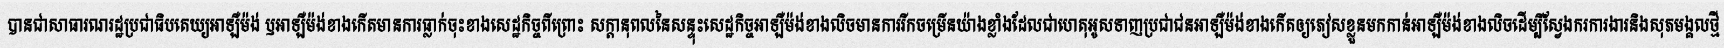
បានជាសាធារណរដ្ឋប្រជាធិបតេយ្យអាឡឺម៉ង់ ឫអាឡឺម៉ង់ខាងកើតមានការធ្លាក់ចុះខាងសេដ្ឋកិច្ចពីព្រោះ សក្តានុពលនៃសន្ទុះសេដ្ឋកិច្ចអាឡឺម៉ង់ខាងលិចមានការរីកចម្រើនយ៉ាងខ្លាំងដែលជាហេតុអូសទាញប្រជាជនអាឡឺម៉ង់ខាងកើតឲ្យភៀសខ្លួនមកកាន់អាឡឺម៉ង់ខាងលិចដើម្បីស្វែងករការងារនិងសុភមង្គលថ្មី